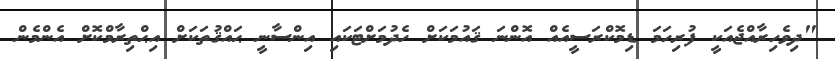
"ދިވެހިރާއްޖެއަކީ ފުރިހަމަ ޑިމޮކްރަސީއެއް އޮންނަ ޤައުމަކަށް ހެދުމަށްޓަކައި އިންސާނީ ޙައްޤުތަކަށް އިޙްތިރާމްކޮށް އެންމެން